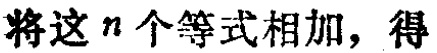
将这\(n\)个等式相加，得